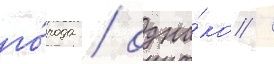
го́рода / одна́ко /